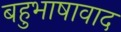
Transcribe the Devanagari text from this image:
बहुभाषावाद